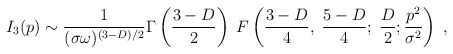
\begin{align*}I_3(p) \sim \frac{1}{(\sigma \omega)^{(3-D)/2}}\Gamma\left(\frac{3-D}{2}\right)\;F\left( \frac{3-D}{4},\; \frac{5-D}{4}; \; \frac{D}{2}; \frac{p^2}{\sigma^2} \right) \; ,\end{align*}